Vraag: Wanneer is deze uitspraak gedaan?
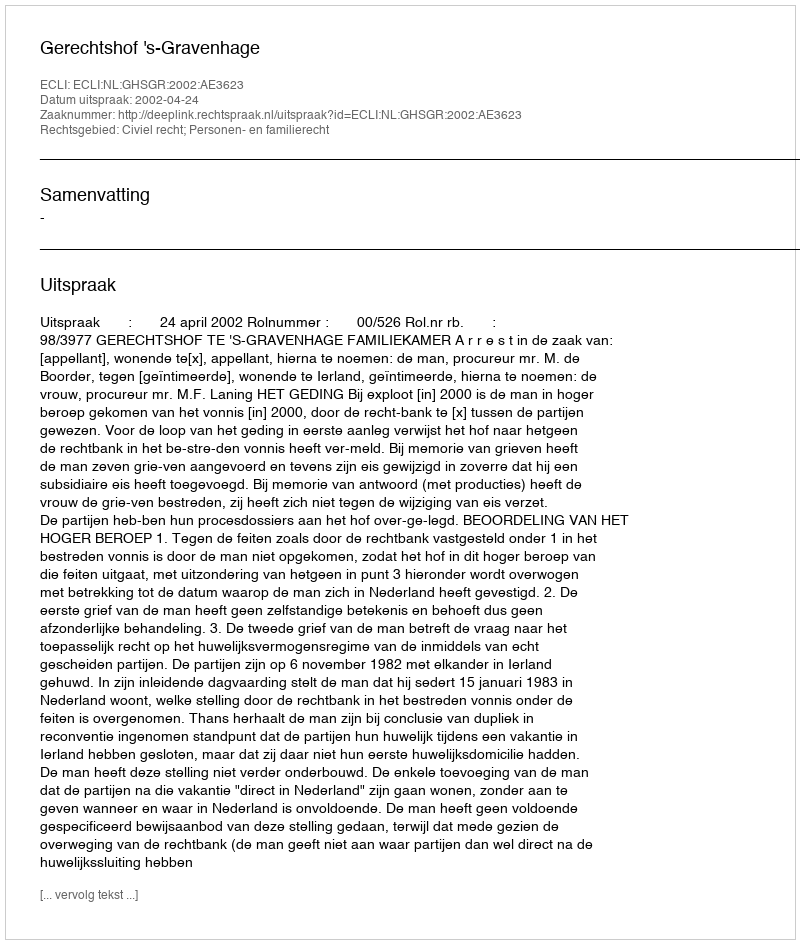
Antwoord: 2002-04-24